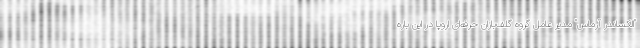
"الکساندر آرماس" مدیر عامل گروه گلف‌بازان حرفه‌ای اروپا در این باره